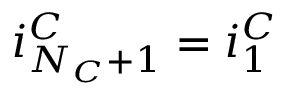
i _ { N _ { C } + 1 } ^ { C } = i _ { 1 } ^ { C }